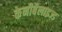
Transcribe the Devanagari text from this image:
केनीबैलाइज्ड